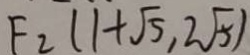
F _ { 2 } ( 1 + \sqrt { 5 } , 2 \sqrt { 5 } )